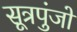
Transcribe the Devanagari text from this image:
सूत्रपुंजों